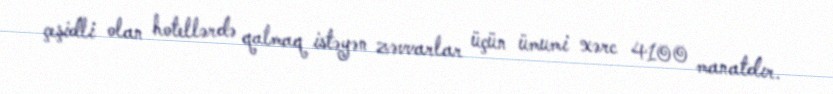
çeşidli olan hotellərdə qalmaq istəyən zəvvarlar üçün ümumi xərc 4100 manatdır.